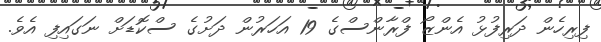
ފިރިހެން ދަރިފުޅު އެންޒޯ ފްރާންސްގެ 19 އަހަރުން ދަށުގެ ސްކޮޑަށް ނަގައިފި އެވެ.